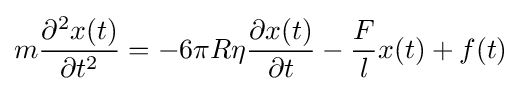
m{\frac {\partial ^{2}x(t)}{\partial t^{2}}}=-6\pi R\eta {\frac {\partial x(t)}{\partial t}}-{\frac {F}{l}}x(t)+f(t)